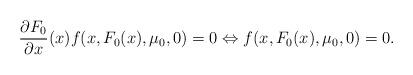
LaTeX: \begin{align*}\dfrac{\partial F_0}{\partial x}(x) f(x, F_0(x),\mu_0,0) = 0\Leftrightarrow f(x, F_0(x),\mu_0,0)=0.\end{align*}